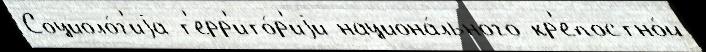
Социоло́г'иjа т'ерр'ито́р'иjи национа́льного кр'епостно́й